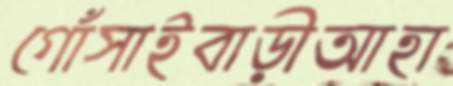
গোঁসাইবাড়ীআহা